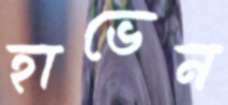
হাভেন